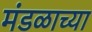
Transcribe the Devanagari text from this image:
मंडळाच्‍या